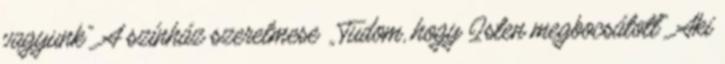
vagyunk” A színház szerelmese „Tudom, hogy Isten megbocsátott” Aki